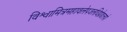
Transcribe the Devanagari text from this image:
विश्वामित्रमहावलेपजलधिप्रोद्यत्तपो